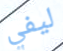
ليفي